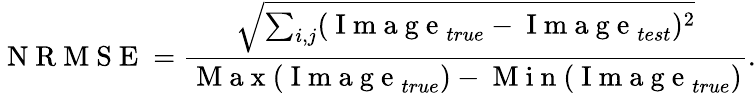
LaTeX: \mathrm{~N~R~M~S~E~}=\frac{\sqrt{\sum_{i,j}(\mathrm{~I~m~a~g~e~}_{true}-\mathrm{~I~m~a~g~e~}_{test})^{2}}}{\mathrm{~M~a~x~}(\mathrm{~I~m~a~g~e~}_{true})-\mathrm{~M~i~n~}(\mathrm{~I~m~a~g~e~}_{true})}.